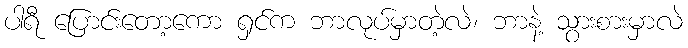
ပါရီ ပြောင်းတော့ကော ရှင်က ဘာလုပ်မှာတဲ့လဲ၊ ဘာနဲ့ သွားစားမှာလဲ